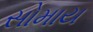
સોમાય